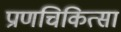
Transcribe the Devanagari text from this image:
प्राणचिकित्सा